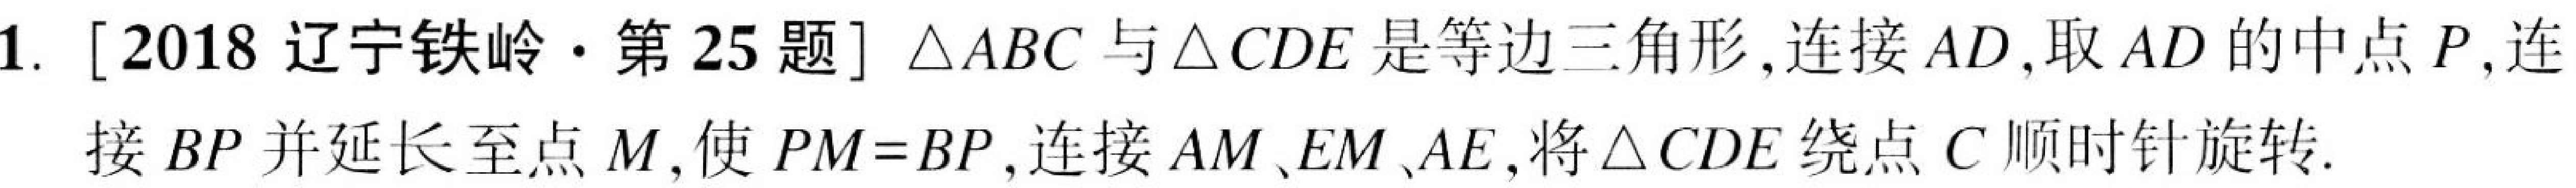
1. [2018 辽宁铁岭·第 25 题] \(\triangle ABC\)与\(\triangle CDE\)是等边三角形, 连接 \(AD\),取 \(AD\)的中点\(P\),连
接 \(BP\)并延长至点 \(M\), 使 \(PM = BP\),连接 \(AM\)、\(EM\)、\(AE\),将\(\triangle CDE\)绕点\(C\)顺时针旋转.